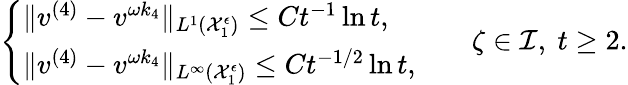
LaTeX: \begin{array}{r}{\left\{ \begin{array}{ll}{\| v^{(4)}-v^{\omega k_{4}}\| _{L^{1}(\mathcal{X}_{1}^{\epsilon})}\leq Ct^{-1}\ln t,}\\ {\| v^{(4)}-v^{\omega k_{4}}\| _{L^{\infty}(\mathcal{X}_{1}^{\epsilon})}\leq Ct^{-1/2}\ln t,}\end{array}\right.\qquad\zeta\in\mathcal{I},\ t\geq 2.}\end{array}